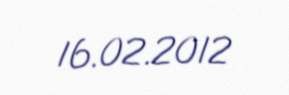
16.02.2012